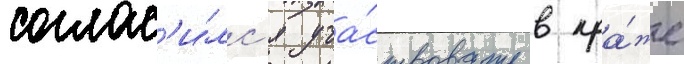
соглас'и́лс'я уча́ствовать в кра́же